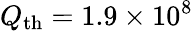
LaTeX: Q_{\mathrm{th}}=1.9\times 10^{8}